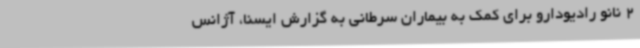
2 نانو رادیودارو برای کمک به بیماران سرطانی به گزارش ایسنا، آژانس